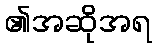
၏အဆိုအရ